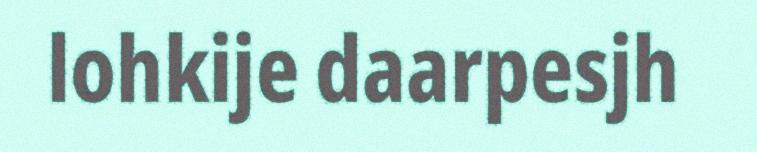
lohkije daarpesjh